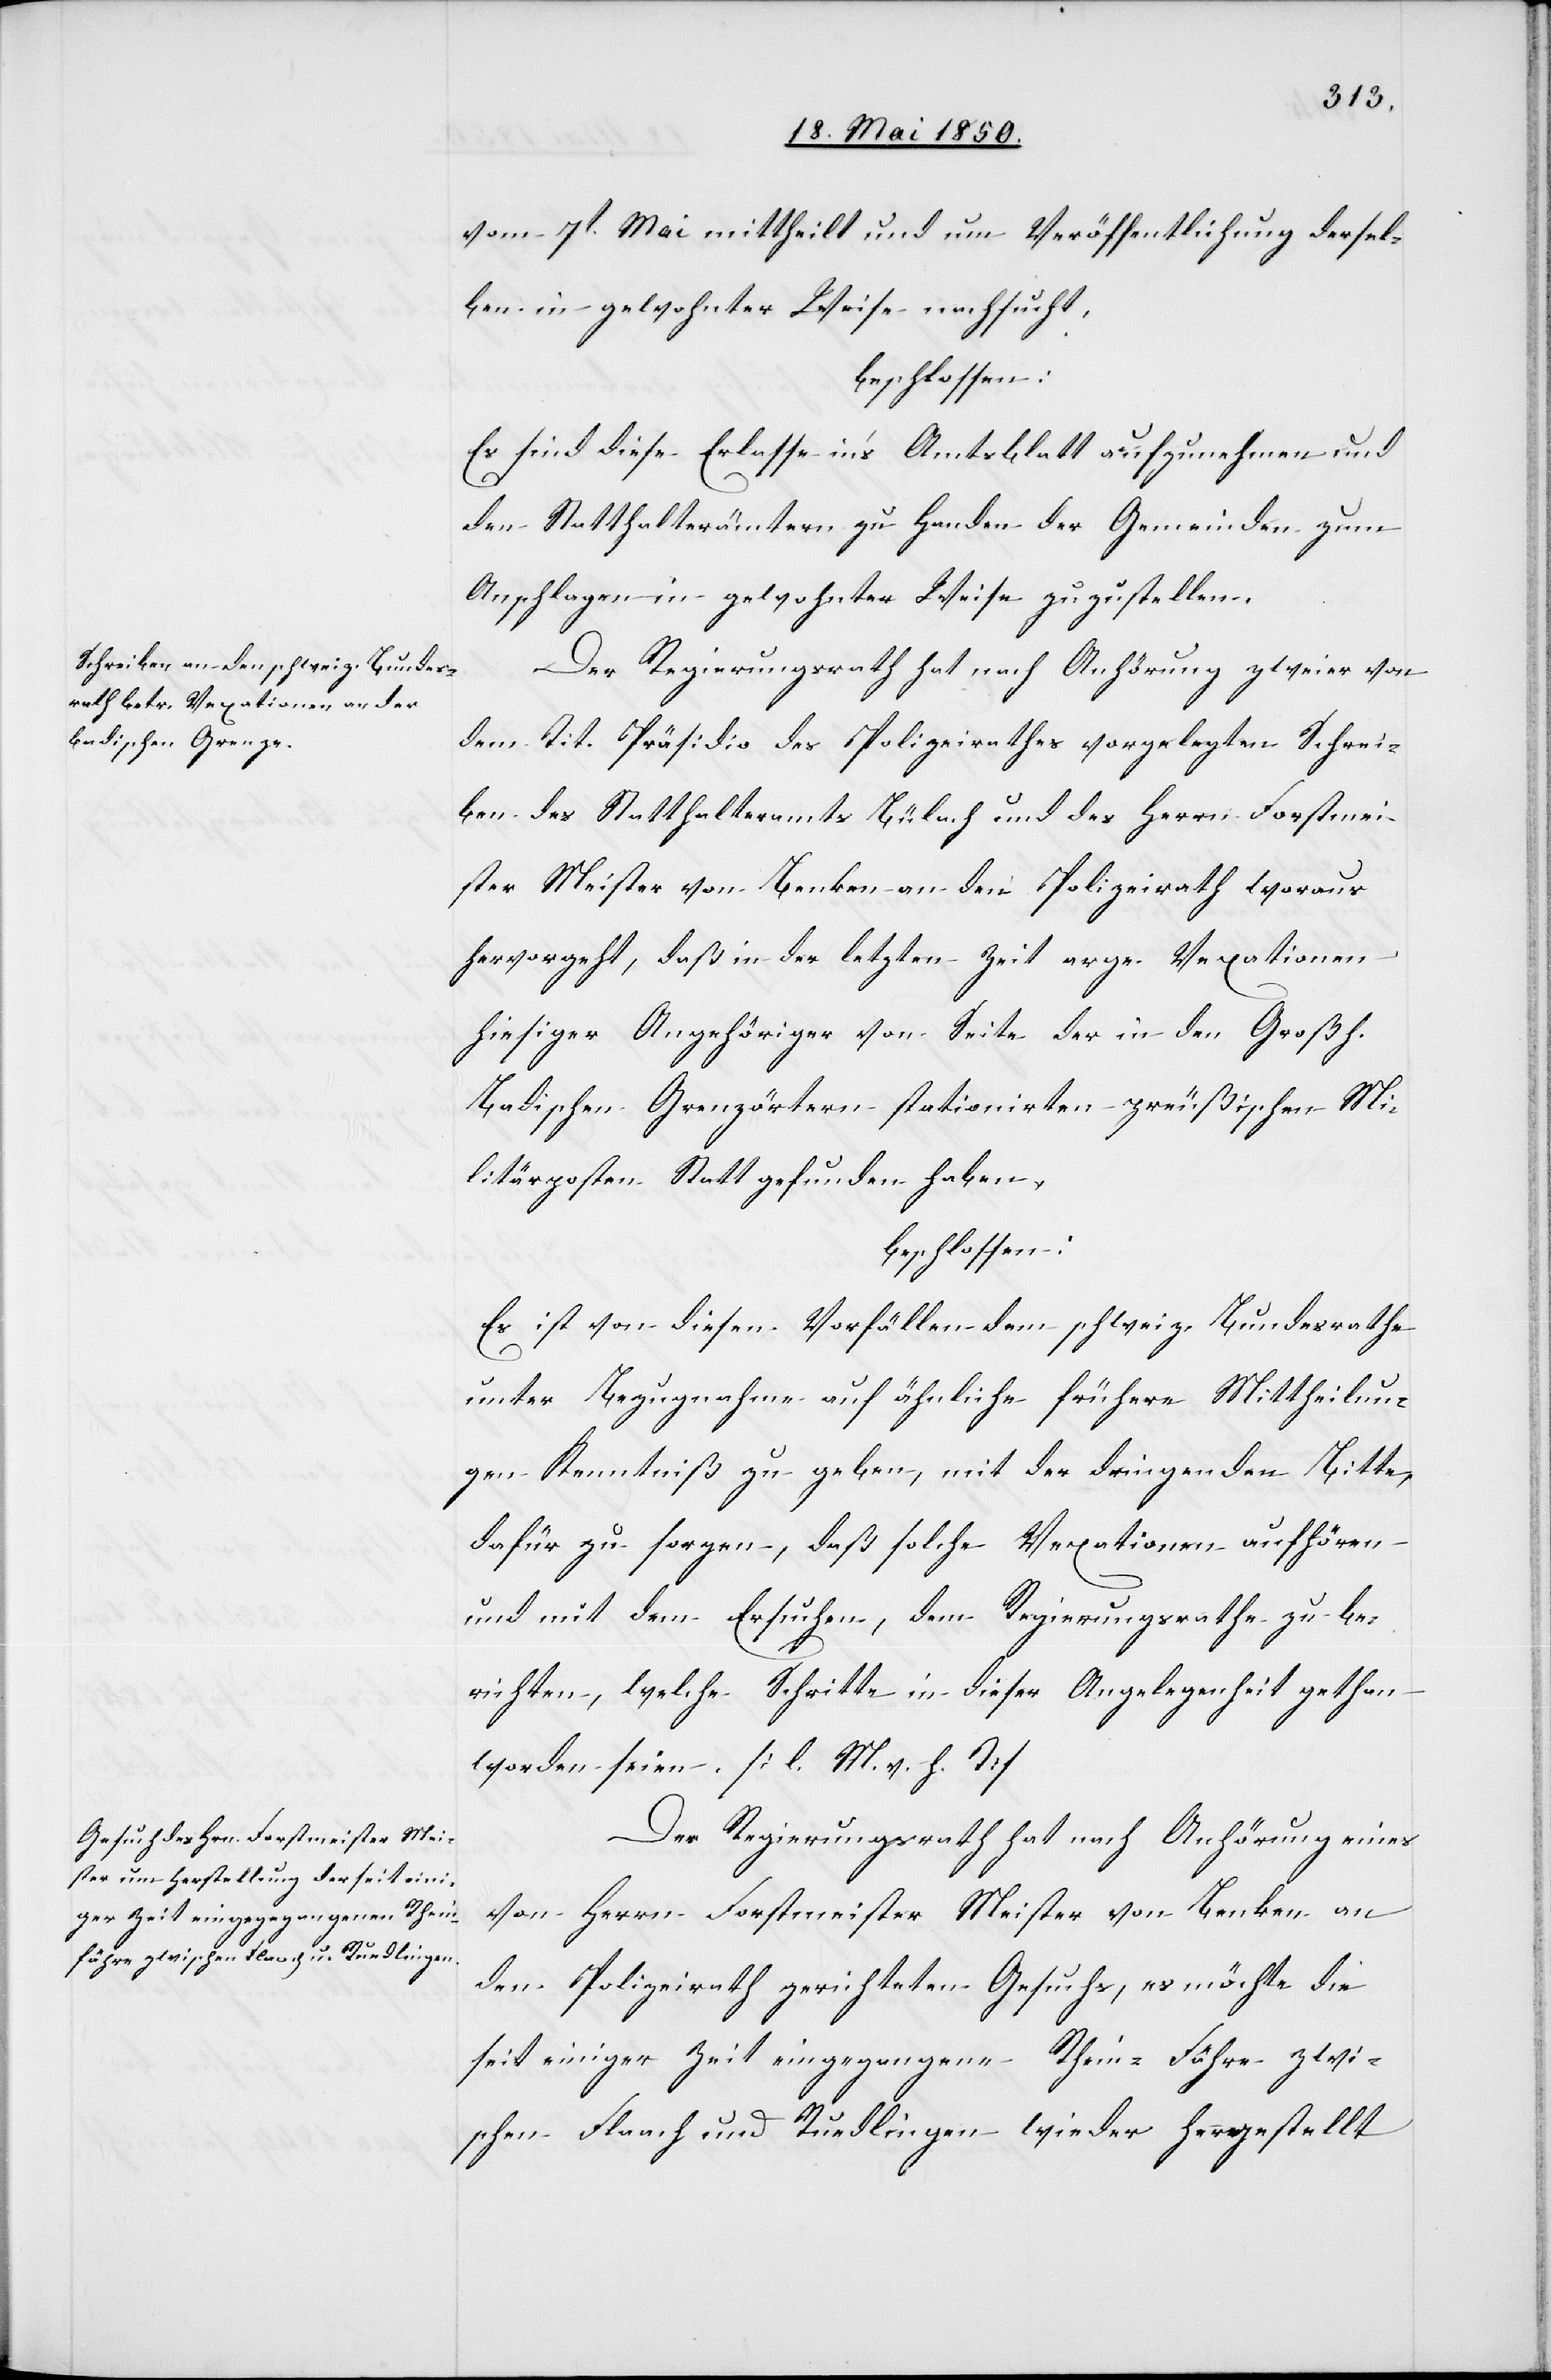
vom 7t Mai mittheilt und um Veröffentlichung dersel¬
ben gewohnter Weise nachsucht,
beschlossen:
Es sind diese Erlasse in’s Amtsblatt aufzunehmen und
den Statthalterämtern zu Handen der Gemeinden zum
Anschlagen in gewohnter Weise zuzustellen.
Der Regierungsrath hat nach Anhörung zweier von
dem Tit. Präsidio des Polizeirathes vorgelegten Schrei¬
ben des Statthalteramtes Bülach und des Herrn Forstmei¬
ster Meister von Benken an den Polizeirath woraus
hervorgeht, daß in der letzten Zeit arge Vexationen
hiesiger Angehöriger von Seite der in den Großh.
Badischen Grenzörtern stationirten preußischen Mi¬
litärposten Statt gefunden haben,
beschlossen:
Es ist von diesen Vorfällen dem schweiz. Bundesrathe
unter Bezugnahme auf ähnliche frühere Mittheilun¬
gen Kenntniß zu geben, mit der dringenden Bitte,
dafür zu sorgen, daß solche Vexationen aufhören
und mit dem Ersuchen, dem Regierungsrathe zu be¬
richten, welche Schritte in dieser Angelegenheit gethan
worden seien. [l. M. v. h. T]
Der Regierungsrath hat nach Anhörung eines
von Herrn Forstmeister Meister von Benken an
den Polizeirath gerichteten Gesuchs, es möchte die
seit einiger Zeit eingegangene Rhein-Fähre zwi¬
schen Flaach und Ruedlingen wieder hergestellt